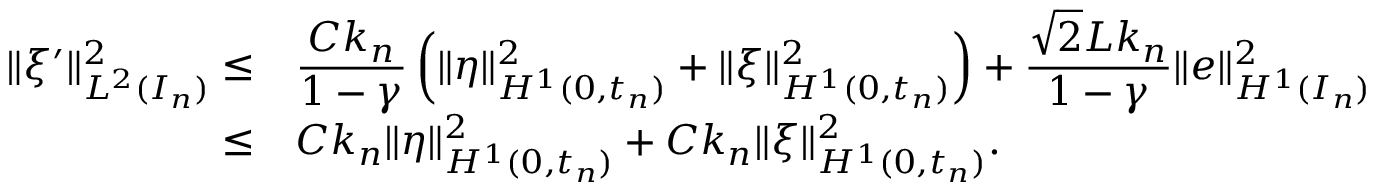
\begin{array} { r } { \begin{array} { r l } { \| \xi ^ { \prime } \| _ { L ^ { 2 } ( I _ { n } ) } ^ { 2 } \le } & { \displaystyle \frac { C k _ { n } } { 1 - \gamma } \left( \| \eta \| _ { H ^ { 1 } ( 0 , t _ { n } ) } ^ { 2 } + \| \xi \| _ { H ^ { 1 } ( 0 , t _ { n } ) } ^ { 2 } \right) + \displaystyle \frac { \sqrt { 2 } L k _ { n } } { 1 - \gamma } \| e \| _ { H ^ { 1 } ( I _ { n } ) } ^ { 2 } } \\ { \le } & { C k _ { n } \| \eta \| _ { H ^ { 1 } ( 0 , t _ { n } ) } ^ { 2 } + C k _ { n } \| \xi \| _ { H ^ { 1 } ( 0 , t _ { n } ) } ^ { 2 } . } \end{array} } \end{array}